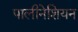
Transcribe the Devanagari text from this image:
पालीनेशियन